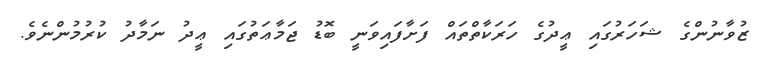
ޒުވާނުންގެ ޝަހަރުގައި ޢީދުގެ ހަރަކާތްތައް ފަށާފައިވަނީ ބޮޑު ޖަމާޢަތުގައި ޢީދު ނަމާދު ކުރުމުންނެވެ.